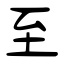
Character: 至